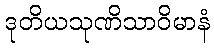
ဒုတိယသုဏိသာဝိမာနံ